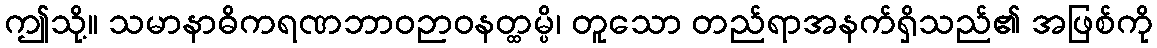
ဤသို့။ သမာနာဓိကရဏဘာဝဉာဝနတ္ထမ္ပိ၊ တူသော တည်ရာအနက်ရှိသည်၏ အဖြစ်ကို